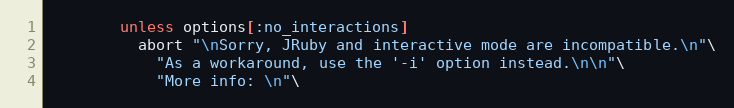
Language: Ruby
        unless options[:no_interactions]
          abort "\nSorry, JRuby and interactive mode are incompatible.\n"\
            "As a workaround, use the '-i' option instead.\n\n"\
            "More info: \n"\